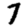
Digit: 7